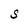
Character: S